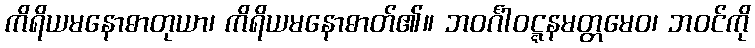
ကိရိယမနောဓာတုယာ၊ ကိရိယမနောဓာတ်၏။ ဘဝင်္ဂါဝဋ္ဋနမတ္တမေဝ၊ ဘဝင်ကို